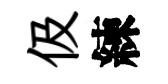
伋練